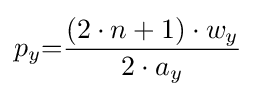
p_{y}{=}{\frac {(2\cdot n+1)\cdot w_{y}}{2\cdot a_{y}}}